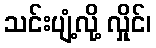
သင်းပျံ့လို့ လှိုင်၊